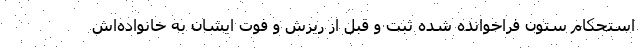
استحکام ستون فراخوانده شده ثبت و قبل از ریزش و فوت ایشان به خانواده‌اش